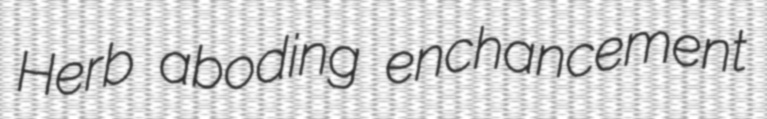
Herb aboding enchancement